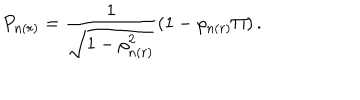
P _ { n ( r ) } = \frac { 1 } { \sqrt { 1 - \rho _ { n ( r ) } ^ { 2 } } } ( 1 - \rho _ { n ( r ) } \Pi ) \, .